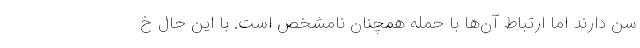
سن دارند اما ارتباط آن‌ها با حمله همچنان نامشخص است. با این حال خ